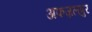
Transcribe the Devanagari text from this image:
अफज़लपुर